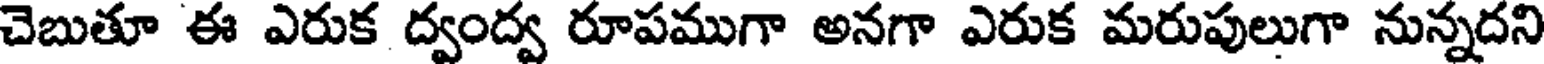
చెబుతూ ఈ ఎరుక ద్వంద్వ రూపముగా అనగా ఎరుక మరుపులుగా నున్నదని